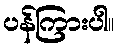
ပန်ကြားပါ။